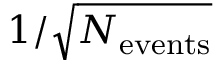
1 / \sqrt { N _ { \mathrm { e v e n t s } } }